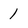
Character: 1